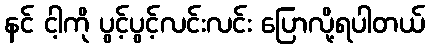
နင် ငါ့ကို ပွင့်ပွင့်လင်းလင်း ပြောလို့ရပါတယ်